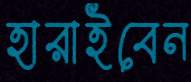
হারাইবেন